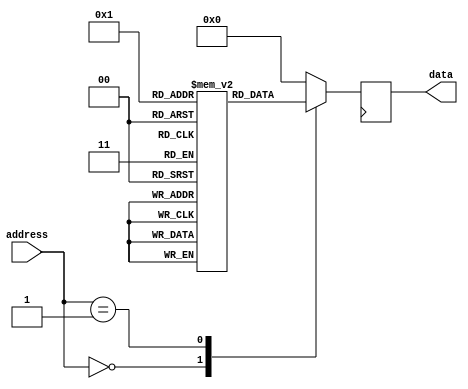
module ROM (
    input wire [6:0] address,
    output reg [7:0] data
);

reg [7:0] memory [0:127]; // Memory locations

always @ (posedge clk)
begin
    case(address)
        7'd0: data <= memory[0];
        7'd1: data <= memory[1];
        // Add more cases for additional memory locations
        default: data <= 8'b0; // Default case for invalid address
    endcase
end

endmodule